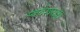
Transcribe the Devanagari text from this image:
स्वदेशरक्षा